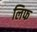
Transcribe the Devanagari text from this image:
लिफ